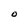
Character: O